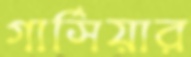
গার্সিয়ার